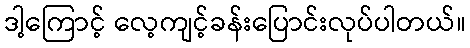
ဒါ့ကြောင့် လေ့ကျင့်ခန်းပြောင်းလုပ်ပါတယ်။